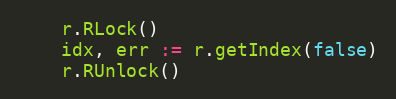
Language: Go
	r.RLock()
	idx, err := r.getIndex(false)
	r.RUnlock()